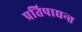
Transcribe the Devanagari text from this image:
प्रतिपाद्यन्त्त